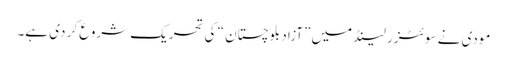
مودی نے سوئٹزر لینڈ میں ”آزاد بلوچستان “ کی تحریک شروع کر دی ہے۔